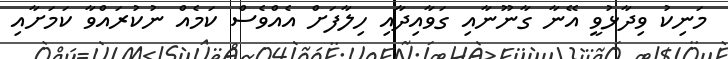
މަނިކު ވިދާޅުވީ އޭނާ ގާނޫނާއި ގަވާއިދާއި ހިލާފަށް އެއްވެސް ކަމެއް ނުކުރައްވާ ކަމަށާއި